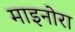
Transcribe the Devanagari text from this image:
माइनोरा